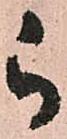
被